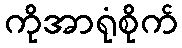
ကိုအာရုံစိုက်